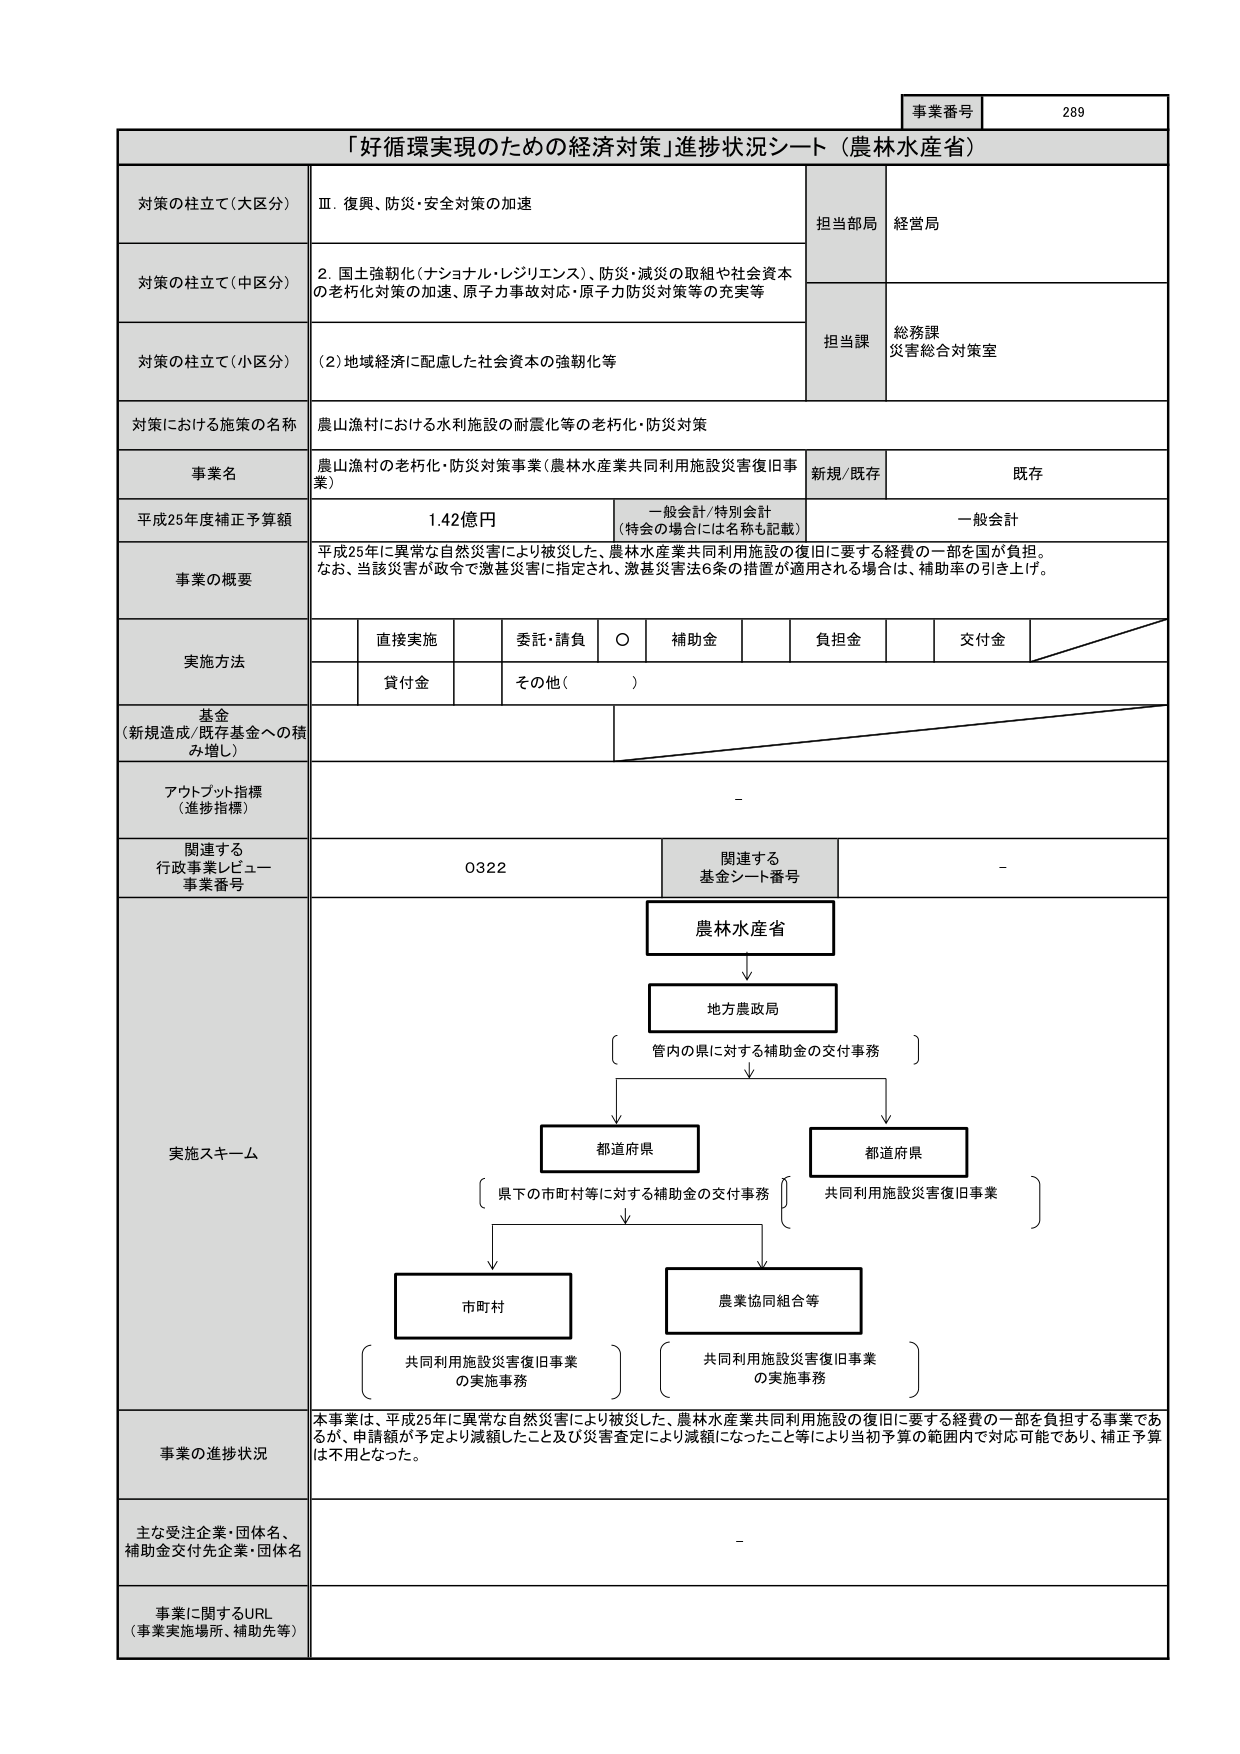
事業番号 289

「好循環実現のための経済対策」進捗状況シート（農林水産省）

対策の柱立て（大区分） Ⅲ．復興、防災・安全対策の加速 担当部局 経営局

対策の柱立て（中区分） 2．国土強靭化（ナショナル・レジリエンス）、防災・減災の取組や社会資本の老朽化対策の加速、原子力事故対応・原子力防災対策等の充実等

対策の柱立て（小区分） （2）地域経済に配慮した社会資本の強靭化等 担当課 総務課 災害総合対策室

対策における施策の名称 農山漁村における水利施設の耐震化等の老朽化・防災対策

事業名 農山漁村の老朽化・防災対策事業（農林水産業共同利用施設災害復旧事業） 新規/既存 既存

平成25年度補正予算額 1.42億円 一般会計/特別会計 （特会の場合には名称も記載） 一般会計

事業の概要 平成25年に異常な自然災害により被災した、農林水産業共同利用施設の復旧に要する経費の一部を国が負担。 なお、当該災害が政令で激甚災害に指定され、激甚災害法6条の措置が適用される場合は、補助率の引き上げ。

実施方法 直接実施 委託・請負 ○ 補助金 負担金 交付金 貸付金 その他（ ）

基金 （新規造成/既存基金への積み増し）

アウトプット指標 （進捗指標） -

関連する 行政事業レビュー 事業番号 0322 関連する 基金シート番号 -

実施スキーム 農林水産省 ↓ 地方農政局 { 管内の県に対する補助金の交付事務 } ↓ 都道府県 ↓ 都道府県 { 県下の市町村等に対する補助金の交付事務 } { 共同利用施設災害復旧事業 } ↓ 市町村 農業協同組合等 { 共同利用施設災害復旧事業 の実施事務 } { 共同利用施設災害復旧事業 の実施事務 }

事業の進捗状況 本事業は、平成25年に異常な自然災害により被災した、農林水産業共同利用施設の復旧に要する経費の一部を負担する事業であるが、申請額が予定より減額したこと及び災害査定により減額になったこと等により当初予算の範囲内で対応可能であり、補正予算は不用となった。

主な受注企業・団体名、 補助金交付先企業・団体名 -

事業に関するURL （事業実施場所、補助先等）